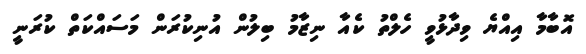
އޮބާމާ އިއްޔެ ވިދާޅުވީ ހެލްތު ކެއާ ނިޒާމު ބިލުން އުނިކުރަން މަސައްކަތް ކުރަނީ